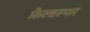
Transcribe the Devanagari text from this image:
फ़ेल्डस्पार